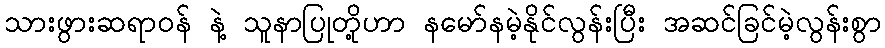
သားဖွားဆရာဝန် နဲ့ သူနာပြုတို့ဟာ နမော်နမဲ့နိုင်လွန်းပြီး အဆင်ခြင်မဲ့လွန်းစွာ